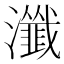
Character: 瀸